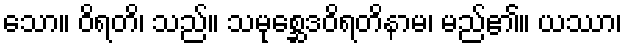
သော။ ဝိရတိ၊ သည်။ သမုစ္ဆေဒဝိရတိနာမ၊ မည်၏။ ယဿာ၊